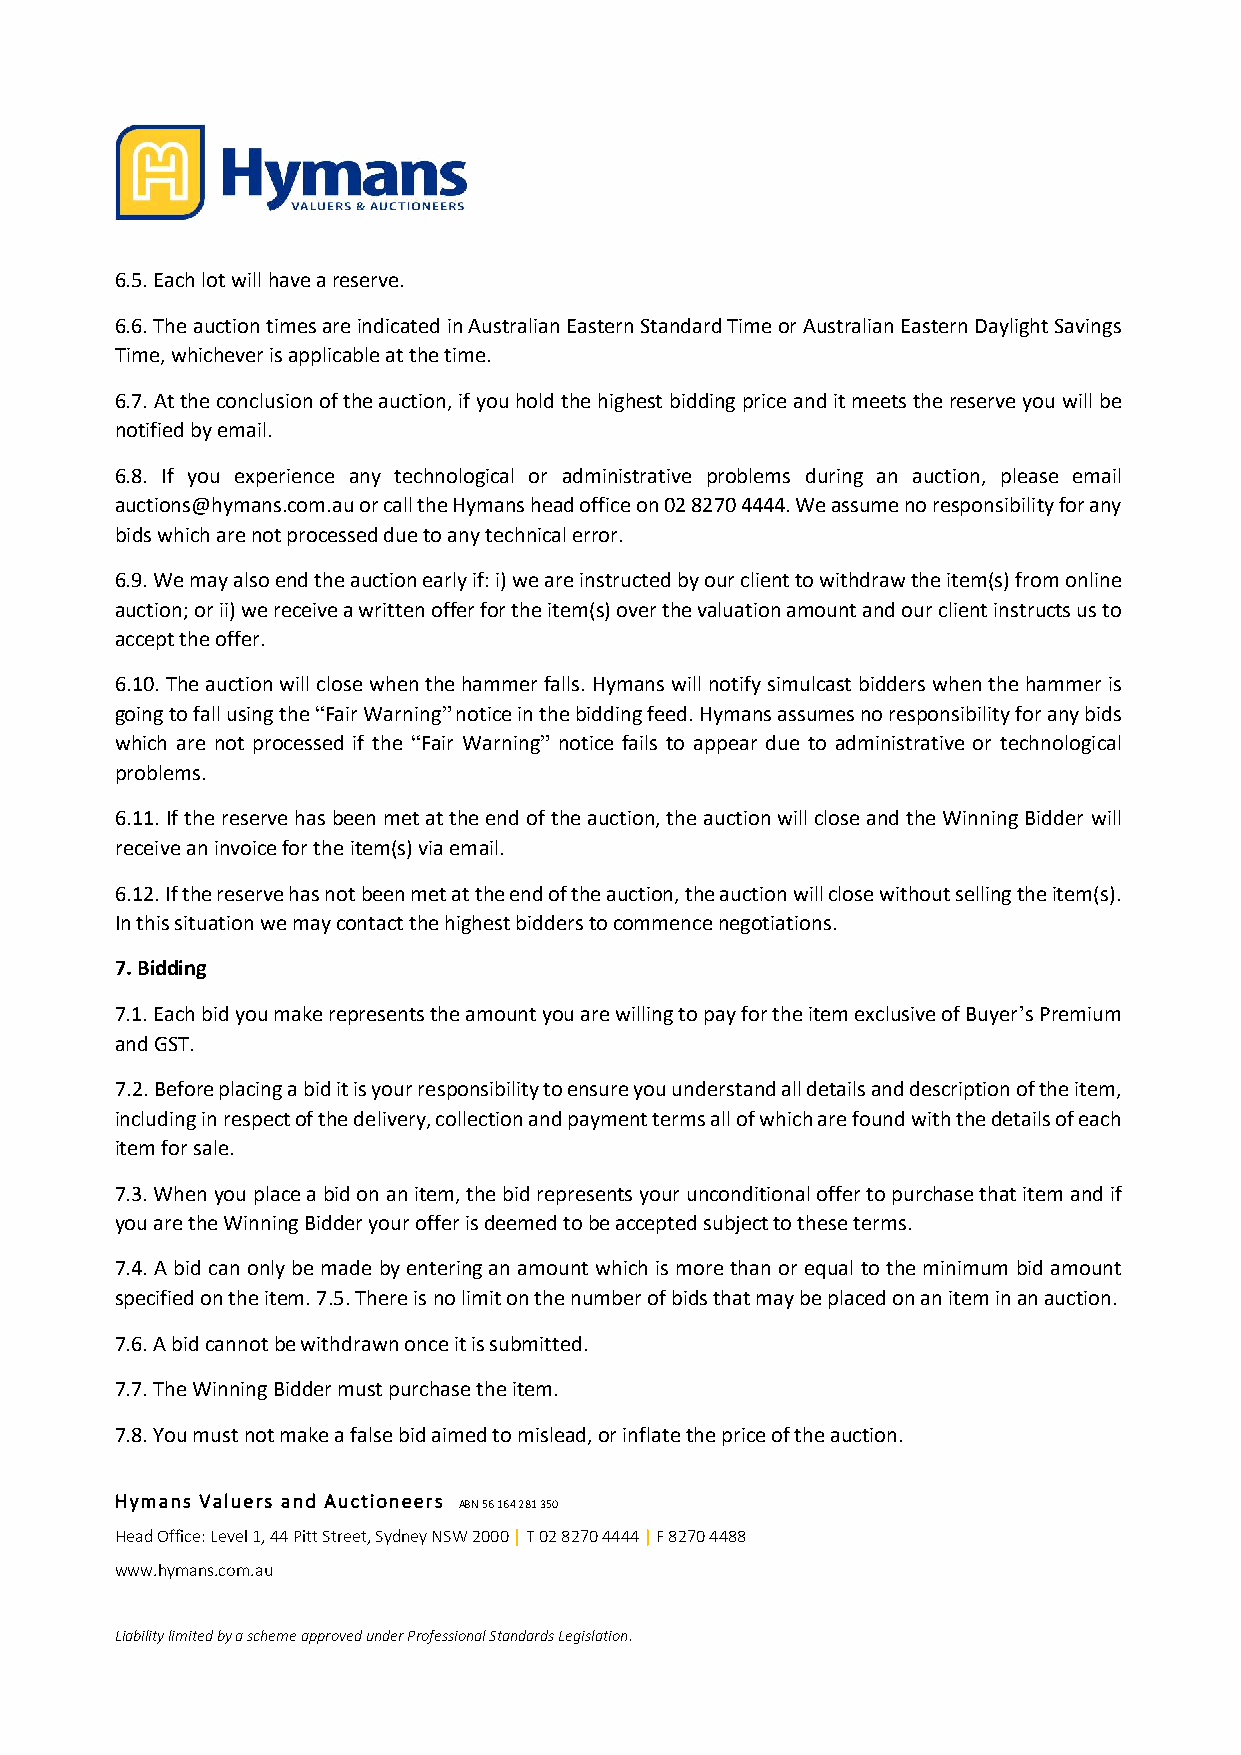
6.5. Each lot will have a reserve.
 6.6. The auction times are indicated in Australian Eastern Standard Time or Australian Eastern Daylight Savings
 Time, whichever is applicable at the time.
 6.7. At the conclusion of the auction, if you hold the highest bidding price and it meets the reserve you will be
 notified by email.
 6.8. If you experience any technological or administrative problems during an auction, please email
 auctions@hymans.com.au or call the Hymans head office on 02 8270 4444. We assume no responsibility for any
 bids which are not processed due to any technical error.
 6.9. We may also end the auction early if: i) we are instructed by our client to withdraw the item(s) from online
 auction; or ii) we receive a written offer for the item(s) over the valuation amount and our client instructs us to
 accept the offer.
 6.10. The auction will close when the hammer falls. Hymans will notify simulcast bidders when the hammer is
 going to fall using the “Fair Warning” notice in the bidding feed. Hymans assumes no responsibility for any bids
 which are not processed if the “Fair Warning” notice fails to appear due to administrative or technological
 problems.
 6.11. If the reserve has been met at the end of the auction, the auction will close and the Winning Bidder will
 receive an invoice for the item(s) via email.
 6.12. If the reserve has not been met at the end of the auction, the auction will close without selling the item(s).
 In this situation we may contact the highest bidders to commence negotiations.
 7. Bidding
 7.1. Each bid you make represents the amount you are willing to pay for the item exclusive of Buyer’s Premium
 and GST.
 7.2. Before placing a bid it is your responsibility to ensure you understand all details and description of the item,
 including in respect of the delivery, collection and payment terms all of which are found with the details of each
 item for sale.
 7.3. When you place a bid on an item, the bid represents your unconditional offer to purchase that item and if
 you are the Winning Bidder your offer is deemed to be accepted subject to these terms.
 7.4. A bid can only be made by entering an amount which is more than or equal to the minimum bid amount
 specified on the item. 7.5. There is no limit on the number of bids that may be placed on an item in an auction.
 7.6. A bid cannot be withdrawn once it is submitted.
 7.7. The Winning Bidder must purchase the item.
 7.8. You must not make a false bid aimed to mislead, or inflate the price of the auction.
 Hymans Valuers and Auctioneers ABN 56 164 281 350
 Head Office: Level 1, 44 Pitt Street, Sydney NSW 2000 | T 02 8270 4444 | F 8270 4488
 www.hymans.com.au
 Liability limited by a scheme approved under Professional Standards Legislation.